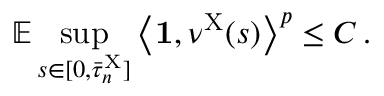
\mathbb { E } \operatorname* { s u p } _ { s \in [ 0 , \bar { \tau } _ { n } ^ { \mathrm { X } } ] } \left\langle \mathbf { 1 } , \nu ^ { \mathrm { X } } ( s ) \right\rangle ^ { p } \leq C \, .